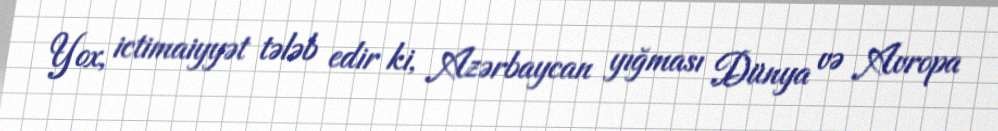
Yox, ictimaiyyət tələb edir ki, Azərbaycan yığması Dünya və Avropa